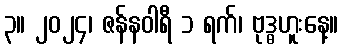
၃။ ၂၀၂၄၊ ဇန်နဝါရီ ၁ ရက်၊ ဗုဒ္ဓဟူးနေ့။